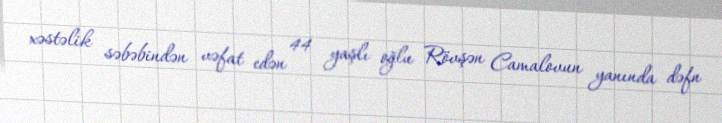
xəstəlik səbəbindən vəfat edən 44 yaşlı oğlu Rövşən Camalovun yanında dəfn